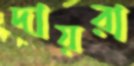
দায়রা